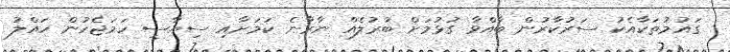
ގައުމުތަކާއެކު ސަރުކާރުން ބާއްވާ ގުޅުމަށް ބުރުލެއް ނާރާނެ ކަމަށާއި ސިޔާސީ ހަމަޖެހުން ހައްލު